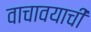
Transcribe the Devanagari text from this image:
वाचावयाचीं